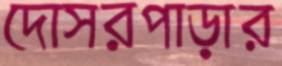
দোসরপাড়ার